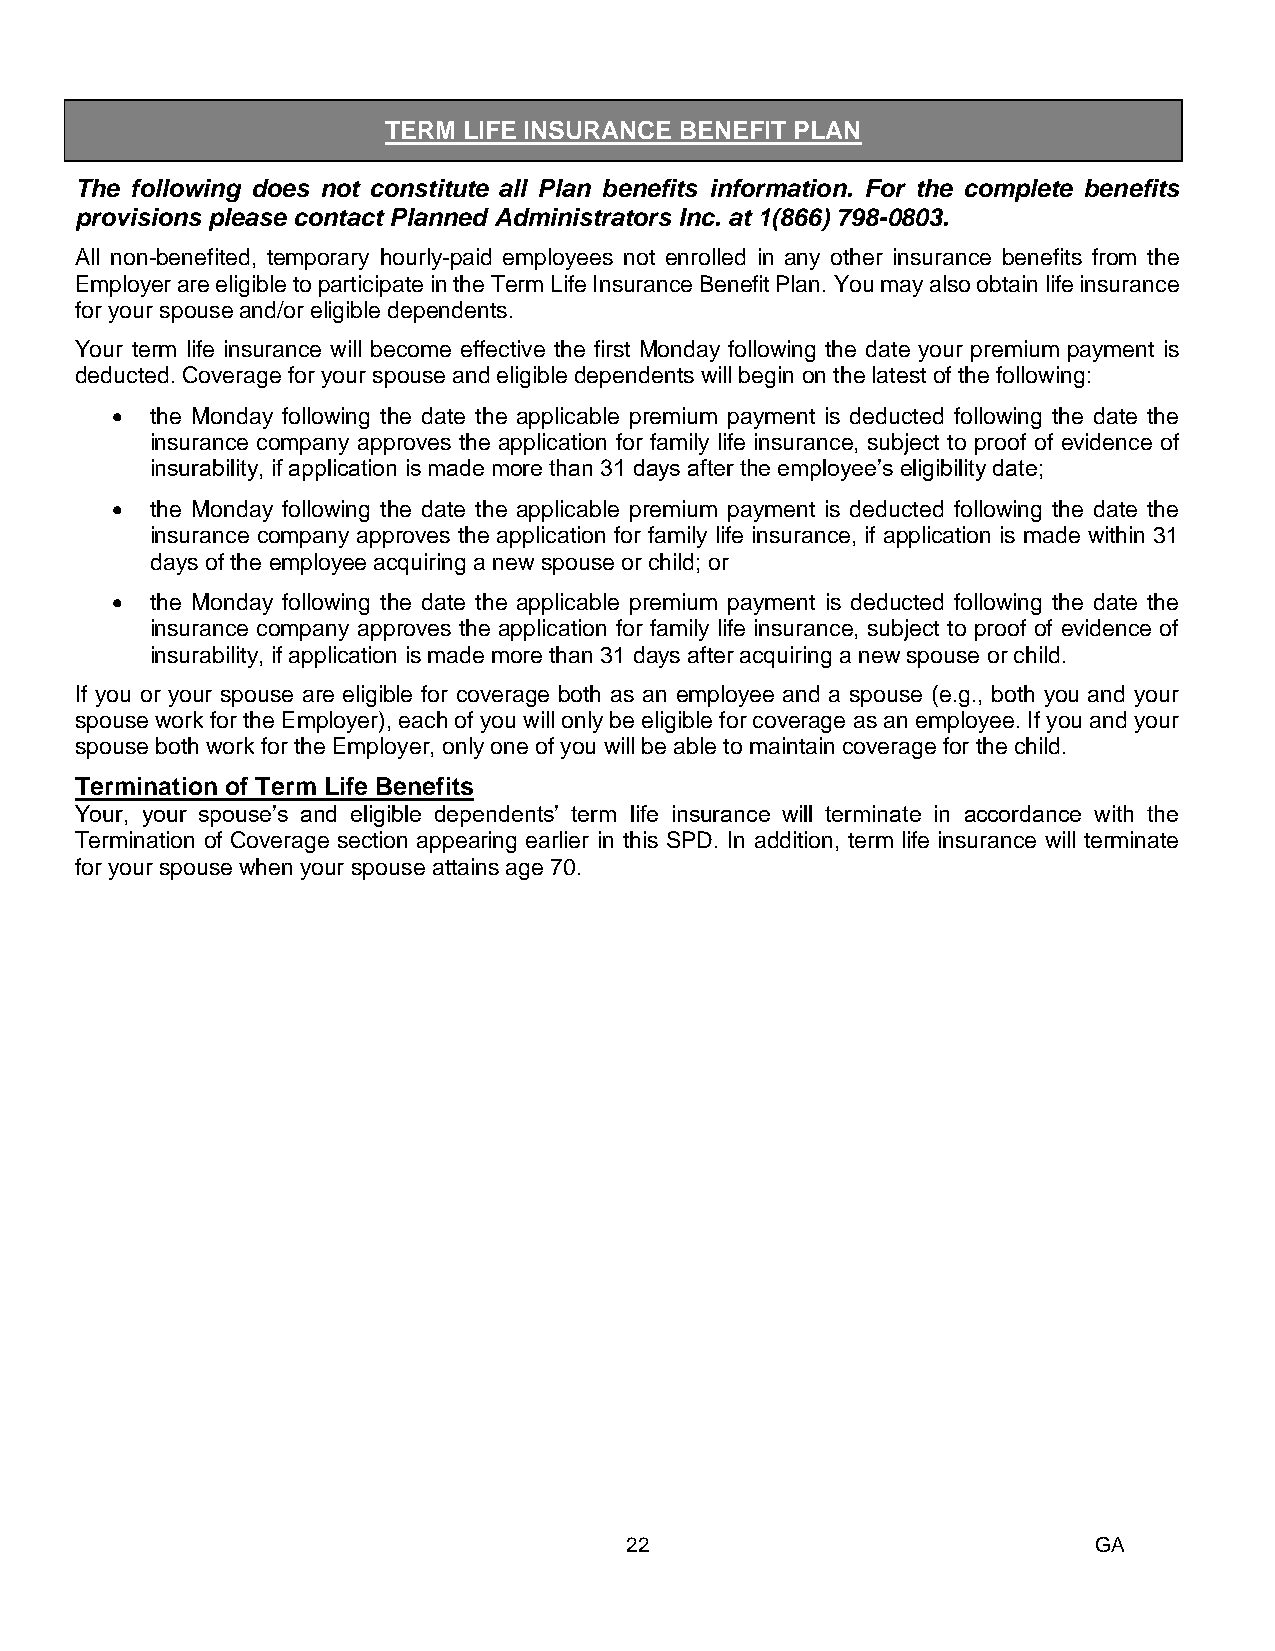
TERM  LIFE INSURANCE BENEFIT PLAN
 20B
 The following does not constitute all Plan benefits information. For the complete benefits
 provisions please contact Planned Administrators Inc. at 1(866) 798-0803.
 All non-benefited, temporary hourly-paid employees not enrolled in any other insurance benefits from the
 Employer are eligible to participate in the Term Life Insurance Benefit Plan. You may also obtain life insurance
 for your spouse and/or eligible dependents.
 Your term life insurance will become effective the first Monday following the date your premium payment is
 deducted. Coverage for your spouse and eligible dependents will begin on the latest of the following:
 •  the Monday following the date the applicable premium payment is deducted following the date the
 insurance company approves the application for family life insurance, subject to proof of evidence of
 insurability, if application is made more than 31 days after the employee’s eligibility date;
 •  the Monday following the date the applicable premium payment is deducted following the date the
 insurance company approves the application for family life insurance, if application is made within 31
 days of the employee acquiring a new spouse or child; or
 •  the Monday following the date the applicable premium payment is deducted following the date the
 insurance company approves the application for family life insurance, subject to proof of evidence of
 insurability, if application is made more than 31 days after acquiring a new spouse or child.
 If you or your spouse are eligible for coverage both as an employee and a spouse (e.g., both you and your
 spouse work for the Employer), each of you will only be eligible for coverage as an employee. If you and your
 spouse both work for the Employer, only one of you will be able to maintain coverage for the child.
 Termination of Term Life Benefits
 Your, your spouse’s and eligible dependents’ term life insurance will terminate in accordance with the
 Termination of Coverage section appearing earlier in this SPD. In addition, term life insurance will terminate
 f or your spouse when your spouse attains age 70.
 22                              GA